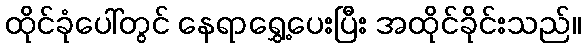
ထိုင်ခုံပေါ်တွင် နေရာရွှေ့ပေးပြီး အထိုင်ခိုင်းသည်။